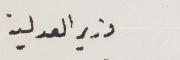
وزير العدلية